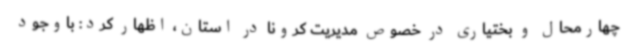
چهارمحال و بختیاری در خصوص مدیریت کرونا در استان، اظهار کرد: باوجود